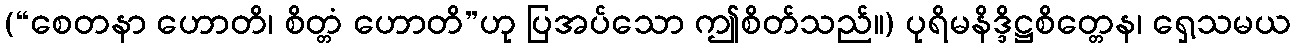
(“စေတနာ ဟောတိ၊ စိတ္တံ ဟောတိ”ဟု ပြအပ်သော ဤစိတ်သည်။) ပုရိမနိဒ္ဒိဋ္ဌစိတ္တေန၊ ရှေ့သမယ